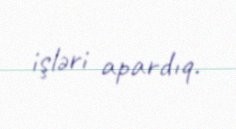
işləri apardıq.